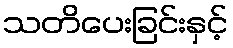
သတိပေးခြင်းနှင့်